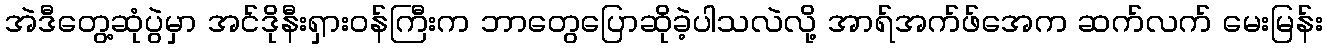
အဲဒီတွေ့ဆုံပွဲမှာ အင်ဒိုနီးရှားဝန်ကြီးက ဘာတွေပြောဆိုခဲ့ပါသလဲလို့ အာရ်အက်ဖ်အေက ဆက်လက် မေးမြန်း